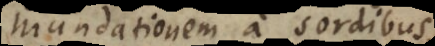
mundationem a sordibus